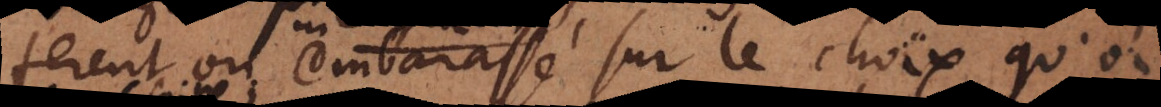
ferent ou embarrassé sur le choix qu’on